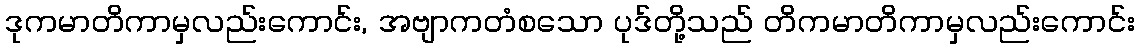
ဒုကမာတိကာမှလည်းကောင်း, အဗျာကတံစသော ပုဒ်တို့သည် တိကမာတိကာမှလည်းကောင်း